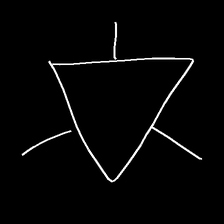
Glyph: fire